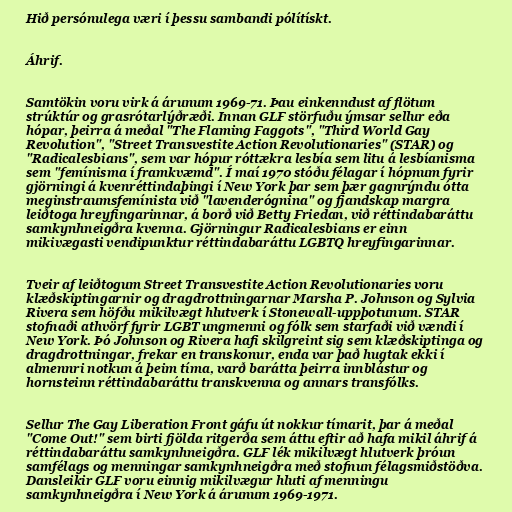
Hið persónulega væri í þessu sambandi pólítískt.

Áhrif.

Samtökin voru virk á árunum 1969-71. Þau einkenndust af flötum
strúktúr og grasrótarlýðræði. Innan GLF störfuðu ýmsar sellur eða
hópar, þeirra á meðal "The Flaming Faggots", "Third World Gay
Revolution", "Street Transvestite Action Revolutionaries" (STAR) og
"Radicalesbians", sem var hópur róttækra lesbía sem litu á lesbíanisma
sem "femínisma í framkvæmd". Í maí 1970 stóðu félagar í hópnum fyrir
gjörningi á kvenréttindaþingi í New York þar sem þær gagnrýndu ótta
meginstraumsfemínista við "lavenderógnina" og fjandskap margra
leiðtoga hreyfingarinnar, á borð við Betty Friedan, við réttindabaráttu
samkynhneigðra kvenna. Gjörningur Radicalesbians er einn
mikivægasti vendipunktur réttindabaráttu LGBTQ hreyfingarinnar.

Tveir af leiðtogum Street Transvestite Action Revolutionaries voru
klæðskiptingarnir og dragdrottningarnar Marsha P. Johnson og Sylvia
Rivera sem höfðu mikilvægt hlutverk í Stonewall-uppþotunum. STAR
stofnaði athvörf fyrir LGBT ungmenni og fólk sem starfaði við vændi í
New York. Þó Johnson og Rivera hafi skilgreint sig sem klæðskiptinga og
dragdrottningar, frekar en transkonur, enda var það hugtak ekki í
almennri notkun á þeim tíma, varð barátta þeirra innblástur og
hornsteinn réttindabaráttu transkvenna og annars transfólks.

Sellur The Gay Liberation Front gáfu út nokkur tímarit, þar á meðal
"Come Out!" sem birti fjölda ritgerða sem áttu eftir að hafa mikil áhrif á
réttindabaráttu samkynhneigðra. GLF lék mikilvægt hlutverk þróun
samfélags og menningar samkynhneigðra með stofnun félagsmiðstöðva.
Dansleikir GLF voru einnig mikilvægur hluti af menningu
samkynhneigðra í New York á árunum 1969-1971.